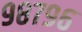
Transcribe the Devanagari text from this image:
९८७९६